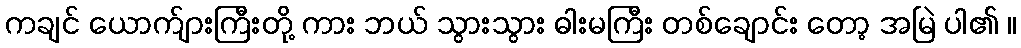
ကချင် ယောက်ျားကြီးတို့ ကား ဘယ် သွားသွား ဓါးမကြီး တစ်ချောင်း တော့ အမြဲ ပါ၏ ။